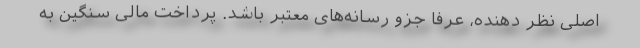
اصلی نظر دهنده، عرفا جزو رسانه‌های معتبر باشد. پرداخت مالی سنگین به